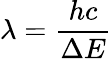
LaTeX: \lambda={\frac{hc}{\Delta E}}